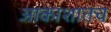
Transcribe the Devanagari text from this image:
आकाशातच